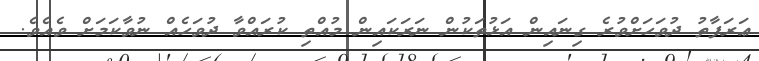
ޢަރަފާތު ދުވަހަށްވުރެ ގިނައިން އަޅުތަކުން ނަރަކައިން މުއްތި ކުރައްވާ ދުވަހެއް ނުވާކަމަށް ވެއެވެ.